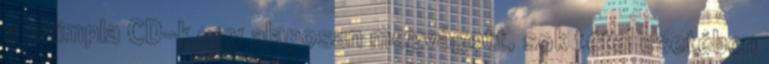
a szimpla CD-k egy alaposan megvágott, sok tétel esetében